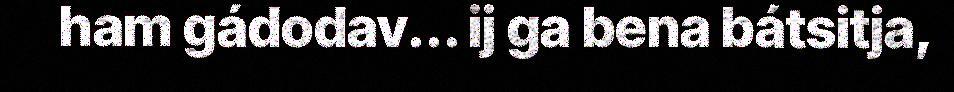
ham gádodav... ij ga bena bátsitja,